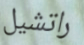
راتشيل